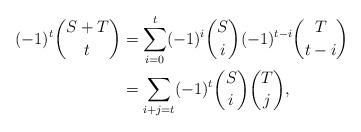
LaTeX: \begin{align*}(-1)^t {S+T \choose t}&=\sum_{i=0}^t (-1)^i {S\choose i}(-1)^{t-i} {T\choose t-i}\\&=\sum_{i+j=t} (-1)^t {S\choose i} {T\choose j},\end{align*}